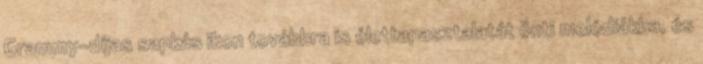
Grammy-díjas sapkás ikon továbbra is élettapasztalatát önti melódiákba, és